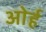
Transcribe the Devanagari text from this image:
ओर्ह